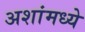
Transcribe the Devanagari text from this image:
अशांमध्ये